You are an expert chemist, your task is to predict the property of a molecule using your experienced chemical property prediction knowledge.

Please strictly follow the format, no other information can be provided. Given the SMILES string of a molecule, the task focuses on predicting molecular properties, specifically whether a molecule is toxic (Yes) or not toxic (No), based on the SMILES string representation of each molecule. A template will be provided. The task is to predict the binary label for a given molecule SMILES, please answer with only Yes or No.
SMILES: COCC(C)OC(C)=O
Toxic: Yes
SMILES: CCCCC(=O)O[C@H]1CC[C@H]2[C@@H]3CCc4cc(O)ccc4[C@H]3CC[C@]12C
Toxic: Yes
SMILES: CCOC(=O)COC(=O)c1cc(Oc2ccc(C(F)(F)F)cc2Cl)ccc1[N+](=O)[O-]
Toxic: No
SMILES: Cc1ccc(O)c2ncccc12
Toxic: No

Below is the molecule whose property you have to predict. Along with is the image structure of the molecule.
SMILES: CCC(COC(=O)CCS)(COC(=O)CCS)COC(=O)CCS
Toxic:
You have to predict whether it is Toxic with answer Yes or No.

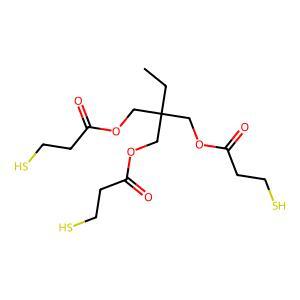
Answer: No